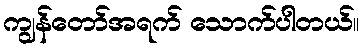
ကျွန်တော်အရက် သောက်ပါတယ်။